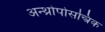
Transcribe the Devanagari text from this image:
अन्थ्रोपोसन्त्रिक